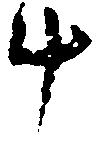
斗